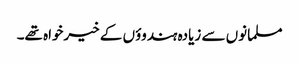
مسلمانوں سے زیادہ ہندوؤں کے خیرخواہ تھے۔